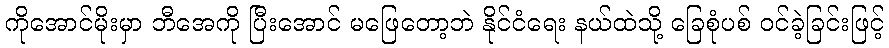
ကိုအောင်မိုးမှာ ဘီအေကို ပြီးအောင် မဖြေတော့ဘဲ နိုင်ငံရေး နယ်ထဲသို့ ခြေစုံပစ် ဝင်ခဲ့ခြင်းဖြင့်